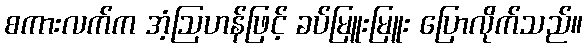
စကားလက်က အံ့ဩဟန်ဖြင့် ခပ်မြူးမြူး ပြောလိုက်သည်။